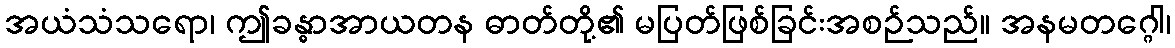
အယံသံသရော၊ ဤခန္ဓာအာယတန ဓာတ်တို့၏ မပြတ်ဖြစ်ခြင်းအစဉ်သည်။ အနမတဂ္ဂေါ၊